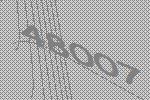
48007